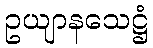
ဥယျာနသေဋ္ဌံ